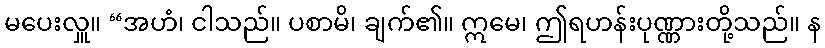
မပေးလှူ။ “အဟံ၊ ငါသည်။ ပစာမိ၊ ချက်၏။ ဣမေ၊ ဤရဟန်းပုဏ္ဏားတို့သည်။ န